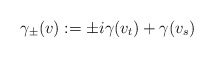
\begin{align*}\gamma_\pm(v) &:= \pm i \gamma(v_t) + \gamma(v_s)\end{align*}